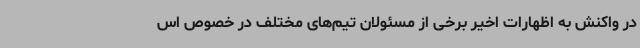
در واکنش به اظهارات اخیر برخی از مسئولان تیم‌های مختلف در خصوص اس